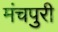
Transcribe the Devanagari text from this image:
मंचपुरी